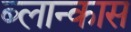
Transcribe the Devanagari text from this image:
ब्लान्कास